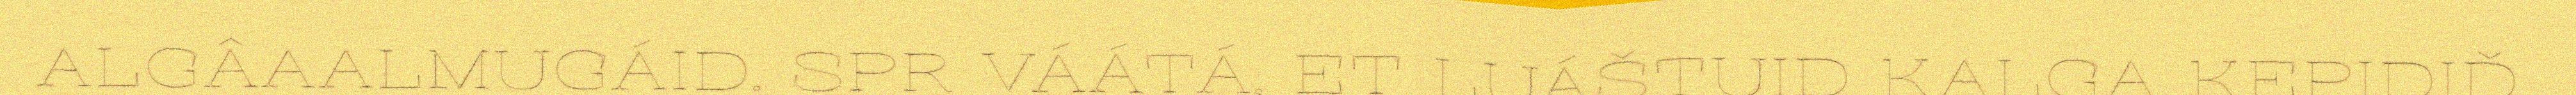
ALGÂAALMUGÁID. SPR VÁÁTÁ, ET LUÁŠTUID KALGA KEPIDIĐ